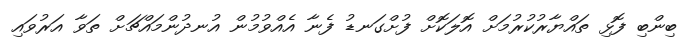
ބިންބި ފޮޅި ތައްޔާރުކުރުމަށް އޮލަކޮށް ފުށްގަނޑު ފެނާ އެއްވުމުން އުނދުންމައްޗަށް ތަވާ އަރުވައި